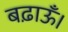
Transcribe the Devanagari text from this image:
बढ़ाऊँ।